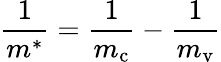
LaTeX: \frac{1}{m^{*}}=\frac{1}{m_{\textrm{c}}}-\frac{1}{m_{\textrm{v}}}